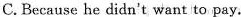
C.Because he didn't want to pay.